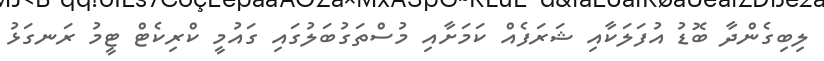
ލިބިގެންދާ ބޮޑު އުފަލަކާއި ޝަރަފެއް ކަމަށާއި މުސްތަގުބަލުގައި ގައުމީ ކްރިކެޓް ޓީމު ރަނގަޅު